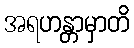
အရဟန္တာမှာတိ